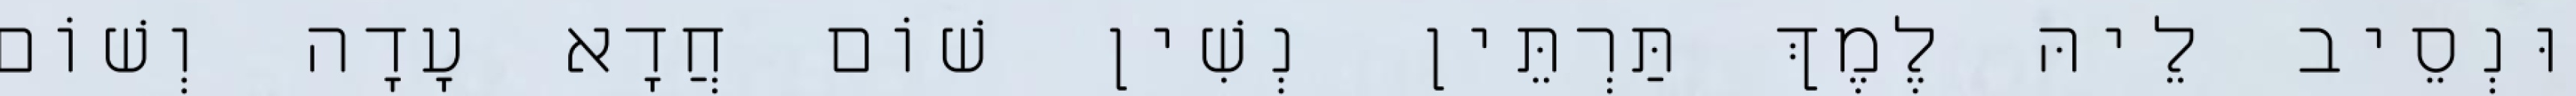
וּנְסֵיב לֵיהּ לֶמֶךְ תַּרְתֵּין נְשִׁין שׁוֹם חֲדָא עָדָה וְשׁוֹם